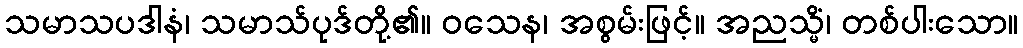
သမာသပဒါနံ၊ သမာသ်ပုဒ်တို့၏။ ဝသေန၊ အစွမ်းဖြင့်။ အညသ္မိံ၊ တစ်ပါးသော။